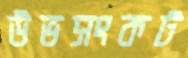
উভসংকট